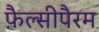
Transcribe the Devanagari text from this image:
फ़ैल्सीपैरम